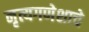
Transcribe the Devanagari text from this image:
नृत्यगणेशाचे